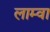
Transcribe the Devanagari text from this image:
लाम्वा